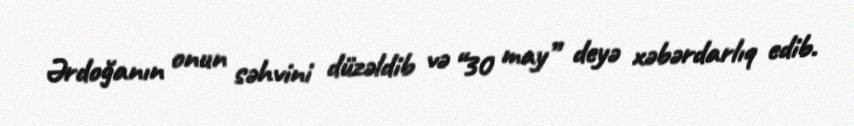
Ərdoğanın onun səhvini düzəldib və “30 may” deyə xəbərdarlıq edib.